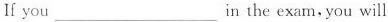
If you ___ in the exam, you will